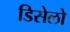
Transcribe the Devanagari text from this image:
डिसेलो